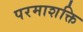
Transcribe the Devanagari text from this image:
परमाशक्ति